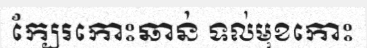
ក្បែរកោះឆាន់ ទល់មុខកោះ